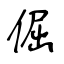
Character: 倔